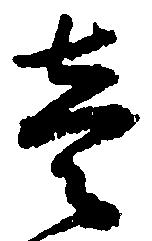
壱